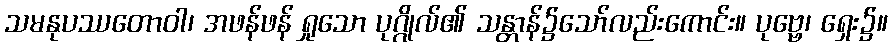
သမနုပဿတောဝါ၊ အဖန်ဖန် ရှုသော ပုဂ္ဂိုလ်၏ သန္တာန်၌သော်လည်းကောင်း။ ပုဗ္ဗေ၊ ရှေး၌။